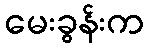
မေးခွန်းက